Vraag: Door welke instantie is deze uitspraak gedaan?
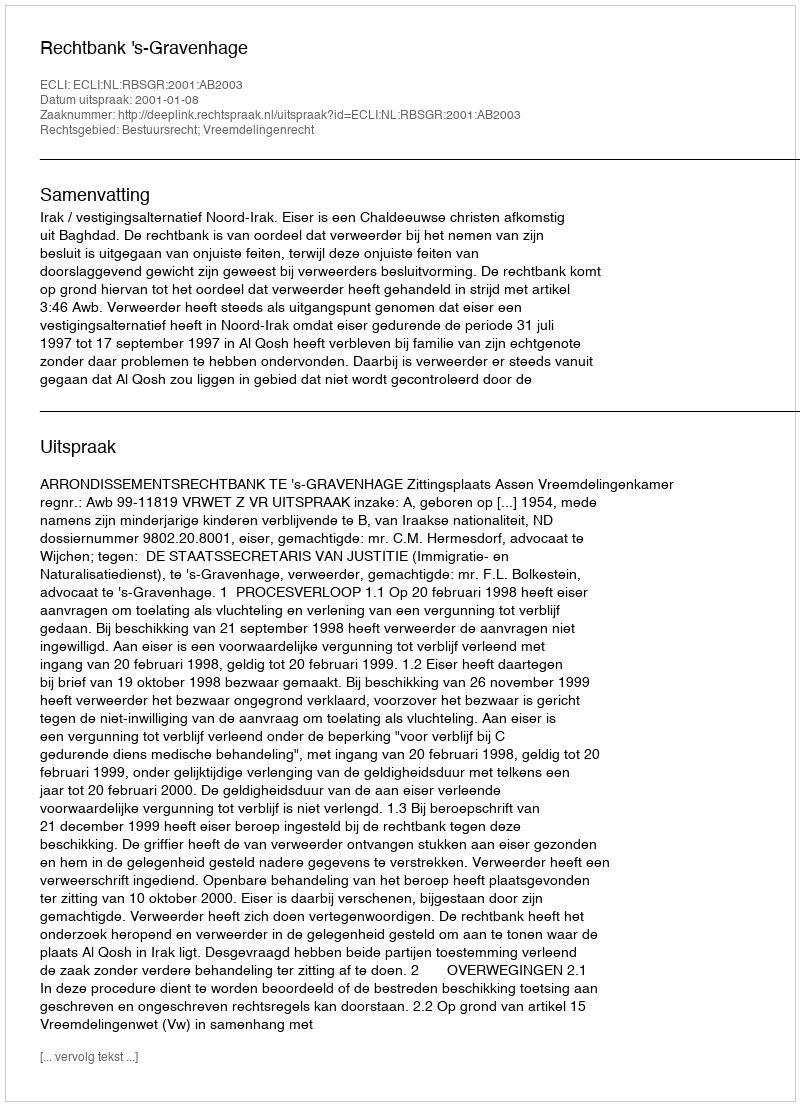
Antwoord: Rechtbank 's-Gravenhage